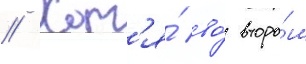
// Хот'я́ во́ второ́м